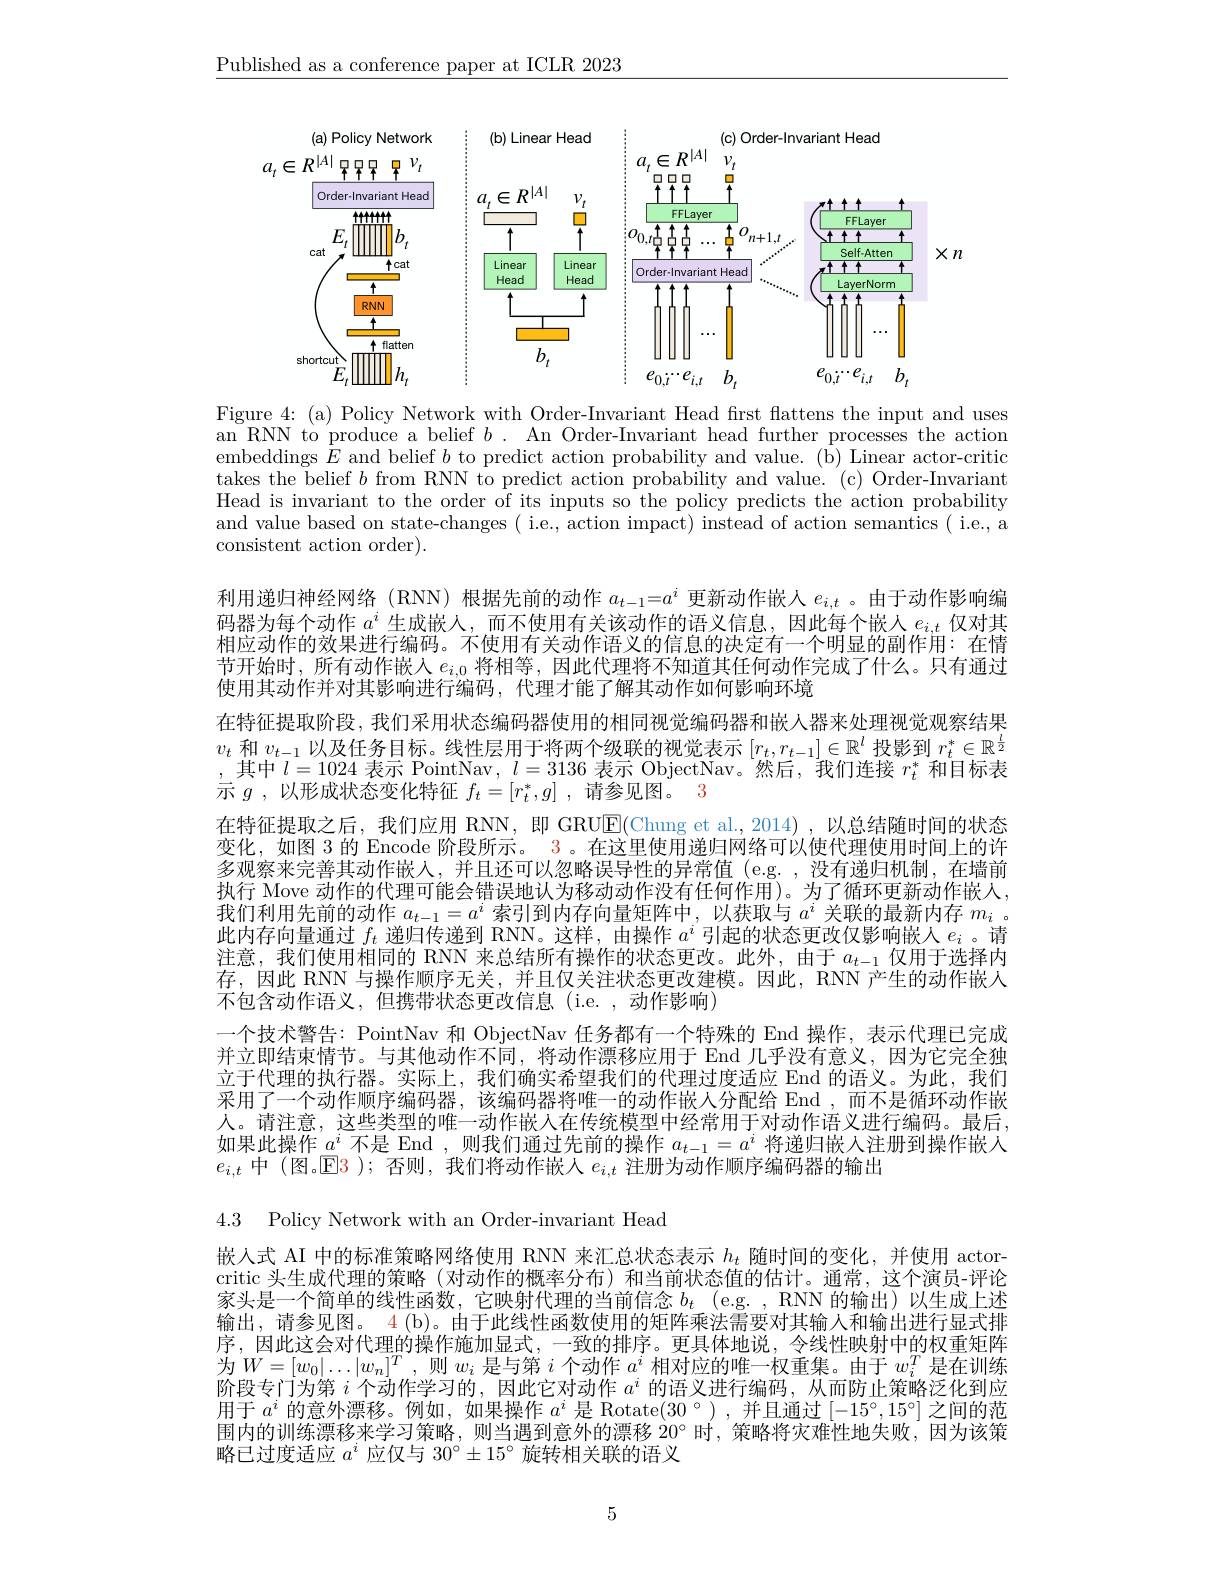
$\underline{\text{Published as a conference paper at ICLR 2023}}$

<FigureHere>

Figure 4: (a) Policy Network with Order-Invariant Head fırst flattens the input and uses an RNN to produce a belief $b.$ An Order-Invariant head further processes the action embeddings $\dot{E}$ and belief $b$ to predict action probability and value. (b) Linear actor-critic takes the belief $b$ from RNN to predict action probability and value. (c) Order-Invariant Head is invariant to the order of its inputs so the policy predicts the action probability and value based on state-changes ( i.e., action impact) instead of action semantics ( i.e., a consistent action order).

利用递归神经网络 (RNN) 根据先前的动作$a_{t-1}=a^i$更新动作嵌人$e_{i,t}$ 。由于动作影响编码器为每个动作$a^i$生成嵌人，而不使用有关该动作的语义信息，因此每个嵌人$e_{i,t}$仅对其相应动作的效果进行编码。不使用有关动作语义的信息的决定有一个明显的副作用：在情节开始时，所有动作嵌入$e_{i,0}$将相等，因此代理将不知道其任何动作完成了什么。只有通过使用其动作并对其影响进行编码，代理才能了解其动作如何影响环境
在特征提取阶段，我们采用状态编码器使用的相同视觉编码器和嵌人器来处理视觉观察结果$v_t$和$v_t-1$以及任务目标。线性层用于将两个级联的视觉表示$[r_t,r_{t-1}]\in\mathbb{R}^l$投影到$r_t^*\in\mathbb{R}^\frac l2$ ,其中$l=1024$表示 PointNav$,l=3136$表示 ObjectNav。然后，我们连接$r_t^*$和目标表示$g$ ,以形成状态变化特征$f_t= [ r_t^* , g]$ ,请参见图。3
在特征提取之后，我们应用 RNN,即 GRUE(Chung et al.,2014),以总结随时间的状态变化，如图 3 的 Encode 阶段所示。3 。在这里使用递归网络可以使代理使用时间上的许多观察来完善其动作嵌人，并且还可以忽略误导性的异常值(e.g.,没有递归机制，在墙前执行 Move 动作的代理可能会错误地认为移动动作没有任何作用)。为了循环更新动作嵌人， 我们利用先前的动作$a_t-1=a^i$索引到内存向量矩阵中，以获取与$a^i$关联的最新内存$m_i$ 。此内存向量通过$f_t$递归传递到 RNN。这样，由操作$a^i$引起的状态更改仅影响嵌人$e_i$ 。请注意，我们使用相同的 RNN 来总结所有操作的状态更改。此外，由于$a_t-1$仅用于选择内存，因此 RNN 与操作顺序无关，并且仅关注状态更改建模。因此，RNN 产生的动作嵌人不包含动作语义，但携带状态更改信息 (i.e. ,动作影响)
一个技术警告：PointNav 和 ObjectNav 任务都有一个特殊的 End 操作，表示代理已完成并立即结束情节。与其他动作不同，将动作漂移应用于 End 几乎没有意义，因为它完全独立于代理的执行器。实际上，我们确实希望我们的代理过度适应 End 的语义。为此，我们采用了一个动作顺序编码器，该编码器将唯一的动作嵌人分配给 End ,而不是循环动作嵌人。请注意，这些类型的唯一动作嵌入在传统模型中经常用于对动作语义进行编码。最后， 如果此操作$a^i$不是 End ,则我们通过先前的操作$a_t-1=a^i$将递归嵌人注册到操作嵌人$e_{i,t}$中 (图。$\mathbb{E}$3 ); 否则，我们将动作嵌入$e_i,t$注册为动作顺序编码器的输出
4.3 Policy Network with an Order-invariant Head
嵌人式 AI 中的标准策略网络使用 RNN 来汇总状态表示$h_t$随时间的变化，并使用 actor-

critic 头生成代理的策略(对动作的概率分布)和当前状态值的估计。通常，这个演员-评论家头是一个简单的线性函数，它映射代理的当前信念$b_t$ (e.g.,RNN 的输出)以生成上述输出，请参见图。4 (b)。由于此线性函数使用的矩阵乘法需要对其输入和输出进行显式排序，因此这会对代理的操作施加显式，一致的排序。更具体地说，令线性映射中的权重矩阵为$W=[w_0|\ldots|w_n]^T$,则$w_i$是与第$i$个动作$a^i$相对应的唯一权重集。由于$w_i^T$是在训练阶段专门为第$i$个动作学习的，因此它对动作$a^i$的语义进行编码，从而防止策略泛化到应用于$a^i$的意外漂移。例如，如果操作$a^i$是 Rotate(30°),并且通过$[-15^\circ,15^\circ]$之间的范围内的训练漂移来学习策略，则当遇到意外的漂移 20°时，策略将灾难性地失败，因为该策略已过度适应$a^i$应仅与 30$^\circ\pm15^\circ$旋转相关联的语义

5